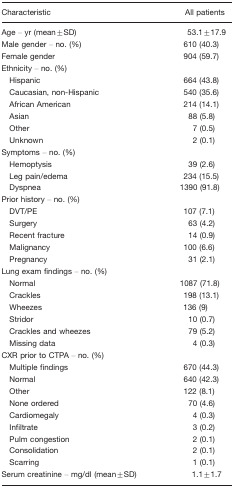
| Characteristic | All patients |
 | --- | --- |
 | Age – yr (mean±SD) | 53.1±17.9 |
 | Male gender – no. (%) | 610 (40.3) |
 | Female gender | 904 (59.7) |
 | Ethnicity – no. (%) |  |
 | Hispanic | 664 (43.8) |
 | Caucasian, non-Hispanic | 540 (35.6) |
 | African American | 214 (14.1) |
 | Asian | 88 (5.8) |
 | Other | 7 (0.5) |
 | Unknown | 2 (0.1) |
 | Symptoms – no. (%) |  |
 | Hemoptysis | 39 (2.6) |
 | Leg pain/edema | 234 (15.5) |
 | Dyspnea | 1390 (91.8) |
 | Prior history – no. (%) |  |
 | DVT/PE | 107 (7.1) |
 | Surgery | 63 (4.2) |
 | Recent fracture | 14 (0.9) |
 | Malignancy | 100 (6.6) |
 | Pregnancy | 31 (2.1) |
 | Lung exam findings – no. (%) |  |
 | Normal | 1087 (71.8) |
 | Crackles | 198 (13.1) |
 | Wheezes | 136 (9) |
 | Stridor | 10 (0.7) |
 | Crackles and wheezes | 79 (5.2) |
 | Missing data | 4 (0.3) |
 | CXR prior to CTPA – no. (%) |  |
 | Multiple findings | 670 (44.3) |
 | Normal | 640 (42.3) |
 | Other | 122 (8.1) |
 | None ordered | 70 (4.6) |
 | Cardiomegaly | 4 (0.3) |
 | Infiltrate | 3 (0.2) |
 | Pulm congestion | 2 (0.1) |
 | Consolidation | 2 (0.1) |
 | Scarring | 1 (0.1) |
 | Serum creatinine – mg/dl (mean±SD) | 1.1±1.7 |